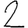
Digit: 2